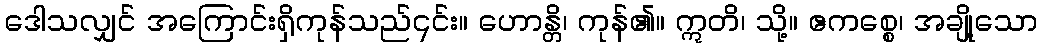
ဒေါသလျှင် အကြောင်းရှိကုန်သည်၎င်း။ ဟောန္တိ၊ ကုန်၏။ ဣတိ၊ သို့။ ဧကစ္စေ၊ အချို့သော